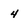
Character: 4